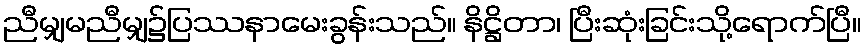
ညီမျှမညီမျှ၌ပြဿနာမေးခွန်းသည်။ နိဋ္ဌိတာ၊ ပြီးဆုံးခြင်းသို့ရောက်ပြီ။